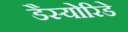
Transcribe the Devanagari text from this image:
डैस्योरिडे